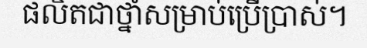
ផលិតជាថ្នាំសម្រាប់ប្រើប្រាស់។